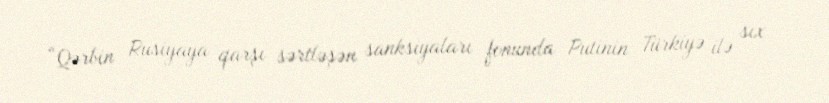
“Qərbin Rusiyaya qarşı sərtləşən sanksiyaları fonunda Putinin Türkiyə ilə sıx